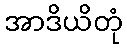
အာဒိယိတုံ